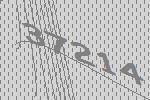
37214